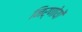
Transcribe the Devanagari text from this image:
निर्णोयों